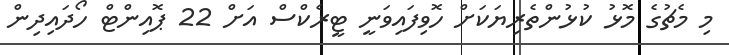
މި މެޗުގެ މޮޅު ކުޅުންތެރިޔަކަށް ހޮވިފައިވަނީ ޓީރެކްސް އަށް 22 ޕޮއިންޓް ހޯދައިދިން